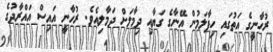
ރުހާނީގެ އަތުގައި ހިފާލަމުން އޭނާގެ ގަޔާއި ދިމާލަށް ދަމާލިއެވެ. ރުހާނީ އައިސް އައްރާދުގެ